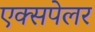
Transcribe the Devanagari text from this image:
एक्सपेलर